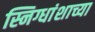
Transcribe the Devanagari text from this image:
स्निग्धांशाच्या